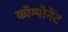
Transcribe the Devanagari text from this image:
काॅम्पोनेंट